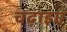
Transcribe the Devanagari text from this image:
चढ़ाइए